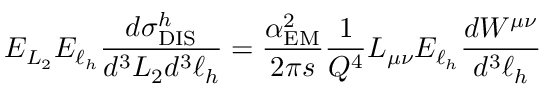
E _ { L _ { 2 } } E _ { \ell _ { h } } \frac { d \sigma _ { \mathrm { D I S } } ^ { h } } { d ^ { 3 } L _ { 2 } d ^ { 3 } \ell _ { h } } = \frac { \alpha _ { \mathrm { E M } } ^ { 2 } } { 2 \pi s } \frac { 1 } { Q ^ { 4 } } L _ { \mu \nu } E _ { \ell _ { h } } \frac { d W ^ { \mu \nu } } { d ^ { 3 } \ell _ { h } }